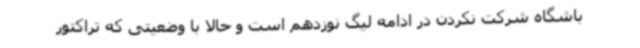
باشگاه شرکت نکردن در ادامه لیگ نوزدهم است و حالا با وضعیتی که تراکتور